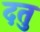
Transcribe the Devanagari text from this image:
दतु